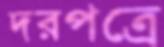
দরপত্রে